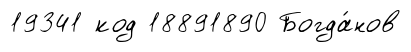
19341 код 18891890 Богда́нов